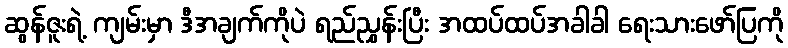
ဆွန်ဇူးရဲ့ ကျမ်းမှာ ဒီအချက်ကိုပဲ ရည်ညွှန်းပြီး အထပ်ထပ်အခါခါ ရေးသားဖော်ပြကို